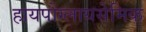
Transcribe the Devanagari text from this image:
हायपोग्लायसेमिक